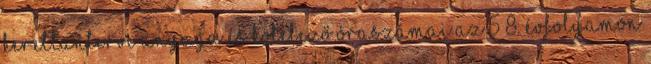
kerettantervi anyaga és kötelező óraszámai az 5 8. évfolyamon